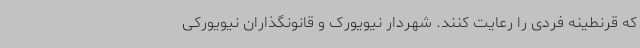
که قرنطینه فردی را رعایت کنند. شهردار نیویورک و قانونگذاران نیویورکی